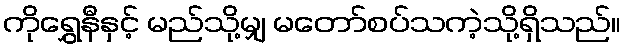
ကိုရွှေနီနှင့် မည်သို့မျှ မတော်စပ်သကဲ့သို့ရှိသည်။